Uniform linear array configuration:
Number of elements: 16
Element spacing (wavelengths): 0.25
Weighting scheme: blackman
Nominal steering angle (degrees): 0
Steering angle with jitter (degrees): -0.9218
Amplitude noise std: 0.05
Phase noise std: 0.05

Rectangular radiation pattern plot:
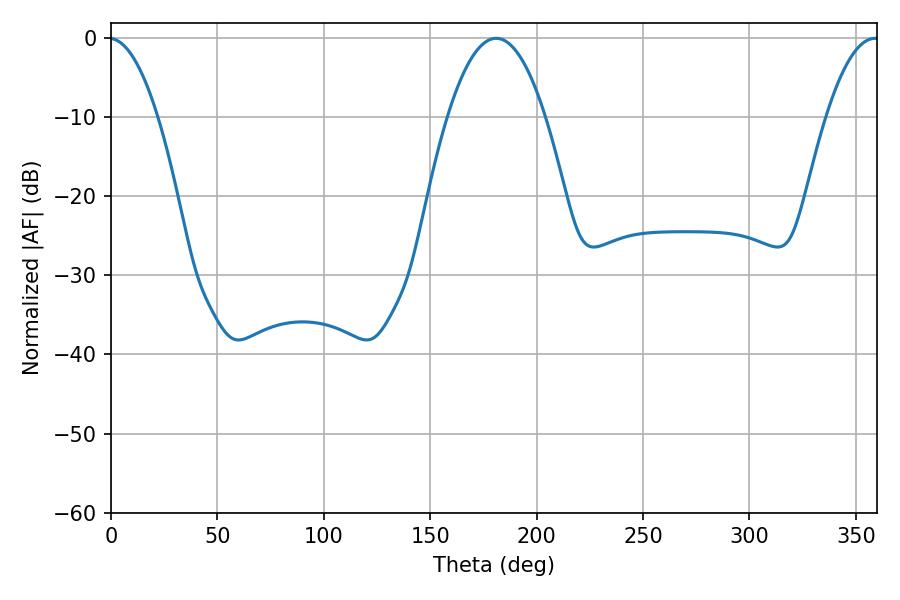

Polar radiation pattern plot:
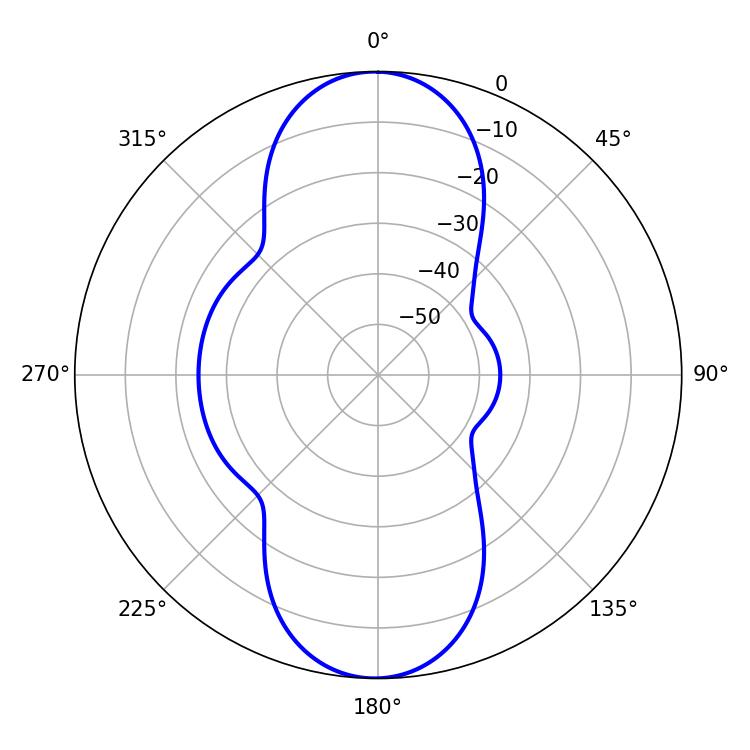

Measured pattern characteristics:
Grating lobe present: FALSE
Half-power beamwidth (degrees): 25.38
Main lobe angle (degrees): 181.08